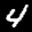
Label: 4